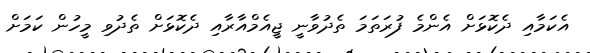
އެކަމާއި ދެކޮޅަށް އެންމެ ފުރަތަމަ ތެދުވާނީ ޖީއެމްއާރާއި ދެކޮޅަށް ތެދުވި މީހުން ކަމަށް